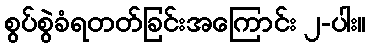
စွပ်စွဲခံရတတ်ခြင်းအကြောင်း ၂-ပါး။